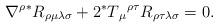
LaTeX: \begin{align*}\nabla ^{\rho }{}^{\ast }R_{\rho \mu \lambda \sigma }+2{}^{\ast }T{}{}_{\mu}{}^{\rho \tau }R_{\rho \tau \lambda \sigma }=0. \end{align*}